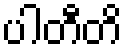
ပါတီတိ